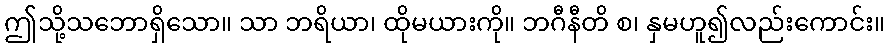
ဤသို့သဘောရှိသော။ သာ ဘရိယာ၊ ထိုမယားကို။ ဘဂီနီတိ စ၊ နှမဟူ၍လည်းကောင်း။